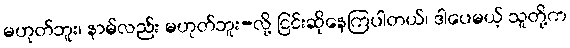
မဟုတ်ဘူး၊ နာမ်လည်း မဟုတ်ဘူး-လို့ ငြင်းဆိုနေကြပါတယ်၊ ဒါပေမယ့် သူတို့က